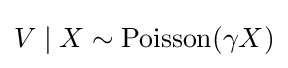
V\mid X\sim \operatorname {Poisson} (\gamma X)